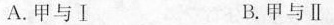
A.甲与Ⅰ B.甲与Ⅱ